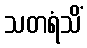
သတရံသိံ